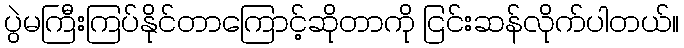
ပွဲမကြီးကြပ်နိုင်တာကြောင့်ဆိုတာကို ငြင်းဆန်လိုက်ပါတယ်။